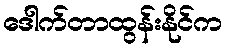
ဒေါက်တာထွန်းနိုင်က